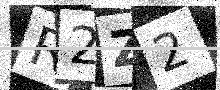
Text: R2Z2